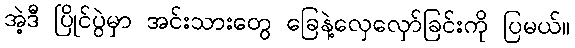
အဲ့ဒီ ပြိုင်ပွဲမှာ အင်းသားတွေ ခြေနဲ့လှေလှော်ခြင်းကို ပြမယ်။